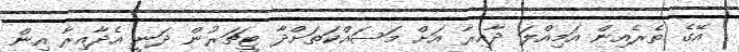
އޭގެ ތެރެއިން އަމިއްލަ ދާއިރާ އަށް މަސައްކަތަށްދާ ޓީޗަރުން ދަނީ އެދާއިރާ އިން